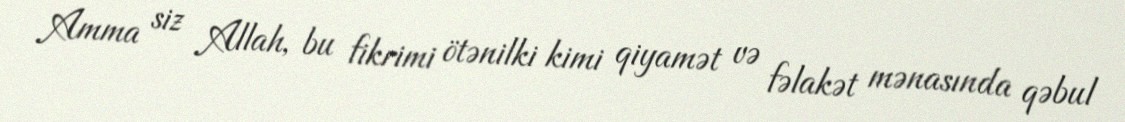
Amma siz Allah, bu fikrimi ötənilki kimi qiyamət və fəlakət mənasında qəbul